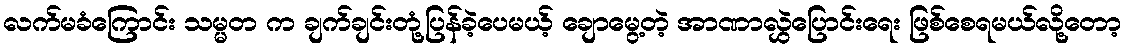
လက်မခံကြောင်း သမ္မတ က ချက်ချင်းတုံ့ပြန်ခဲ့ပေမယ့် ချောမွေ့တဲ့ အာဏာလွှဲပြောင်းရေး ဖြစ်စေရမယ်လို့တော့